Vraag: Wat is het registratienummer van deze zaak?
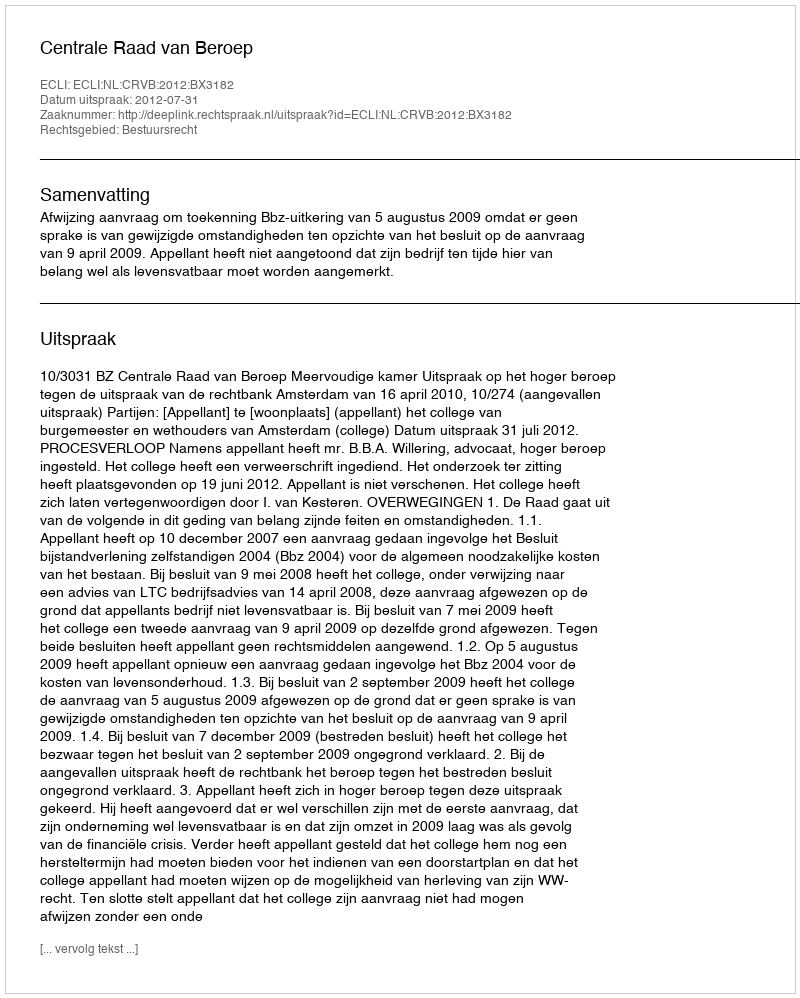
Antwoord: http://deeplink.rechtspraak.nl/uitspraak?id=ECLI:NL:CRVB:2012:BX3182